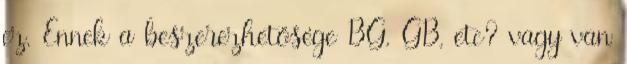
ez. Ennek a beszerezhetősége BG, GB, etc? vagy van